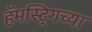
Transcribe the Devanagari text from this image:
हॅमस्ट्रिगच्या